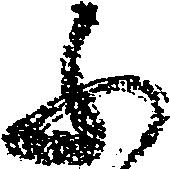
ふ